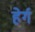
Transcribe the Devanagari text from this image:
हेर्ग